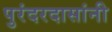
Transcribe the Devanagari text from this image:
पुरंदरदासांनी